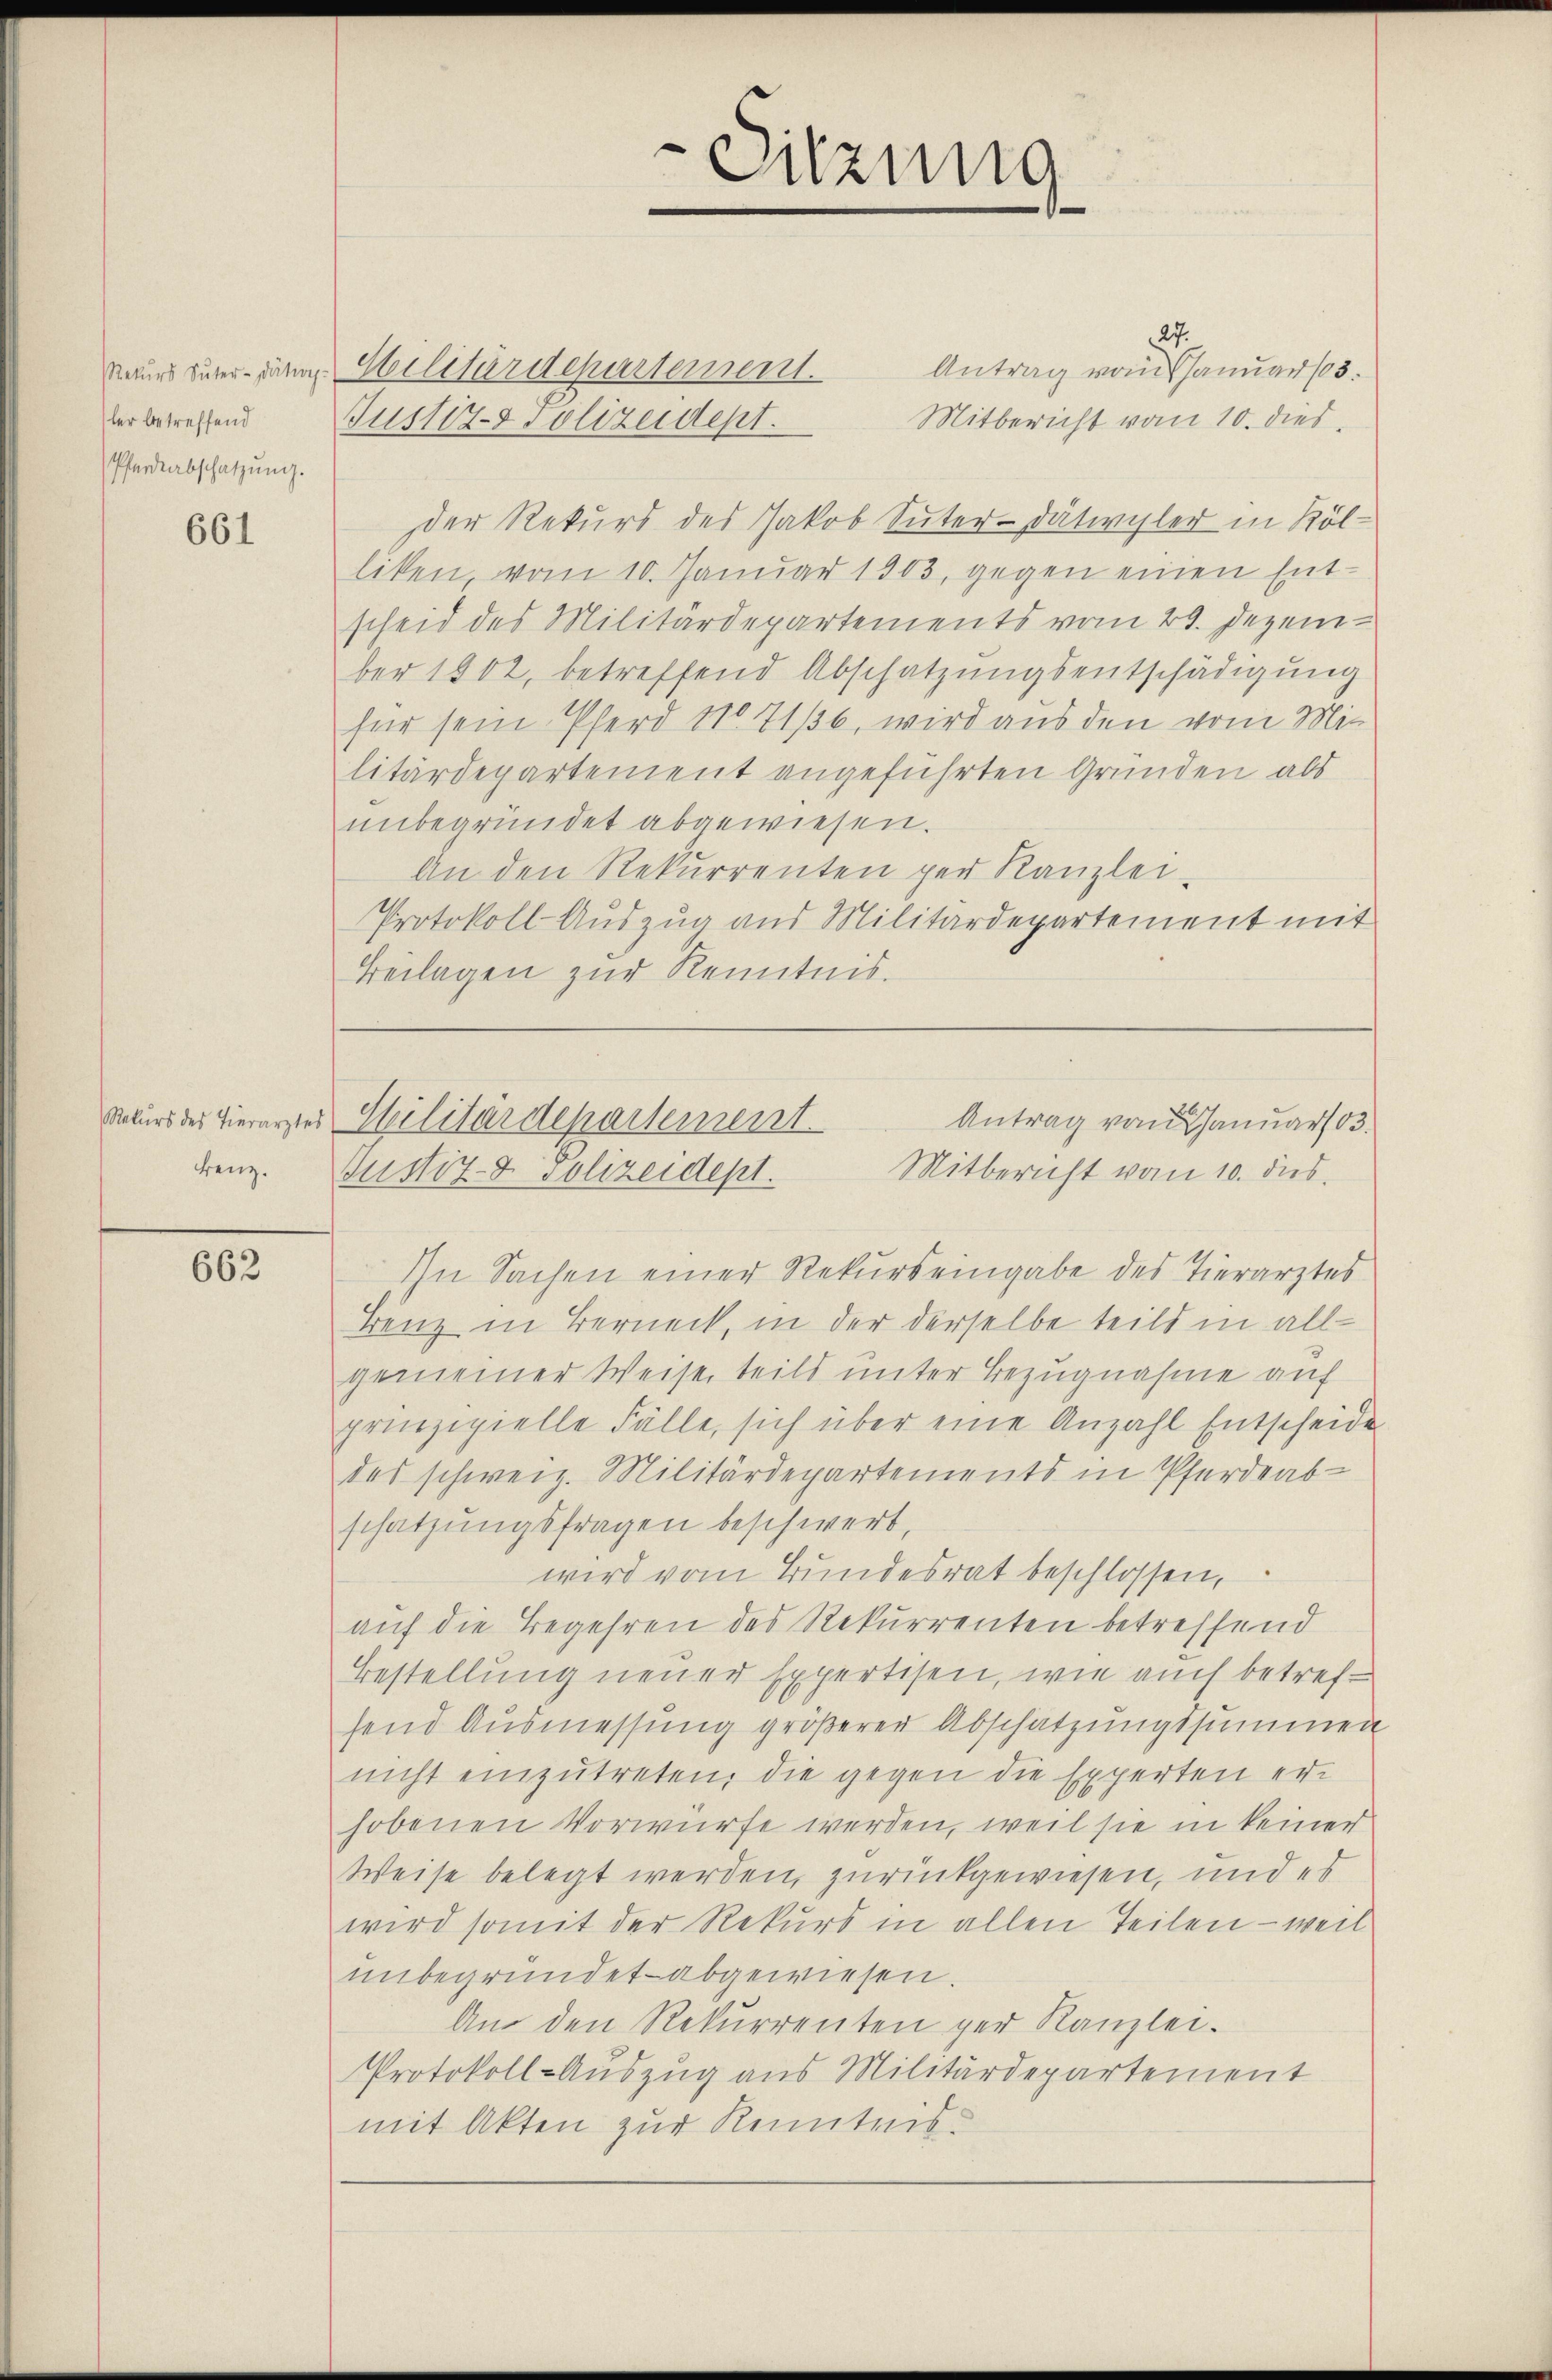
ler betreffend
Pferdeabschatzung.

661

Benz.

662

27.
Antrag vom Januar 183.
rauch zuter dann Militärdepartement.
Justiz-polizeidept.
Mitbericht vom 10. dies
der Rekurs des Jakob Suter-Dätivyler in Kölliken, vom 10. Januar 1803, gegen einen Entscheid des Militärdepartements vom 29. Dezember 1802, betreffend Abschatzungsentschädigung
für sein Pferd No 71/36, wird aus den vom Mit
litärdepartement angeführten Gründen als
unbegründet abgewiesen.
An den Rekurrenten per Kanzlei
Protokoll Auszug aus Militärdepartement mit
Beilagen zur Kenntnis.

In Sachen einer Rekurs eingabe des Tierarztes
Benz in Berneck, in der derselbe teils in allgemeiner Weise teils unter Bezugnahme auf
prinzipielle Fälle, sich über eine Anzahl Entscheide
des schweiz. Militärdepartements in Pferdeab-
schatzungsfragen beschwert,
wird vom Bundesrat beschlossen,
auf die Begehren des Rekurrenten betreffend
Bestellung neuer Expertisen, wie auch betrefsend Ausmessung größerer Abschatzungssummen
nicht einzŭtreten, die gegen die Experten erhobenen Vorwürfe werden, weil sie in keiner
Weise belegt werden, zurückgewiesen, und es
wird somit der Rekurs in allen Teilen – weil
unbegründet abgewiesen.
An den Rekurrenten per Kanzlei.
Protokoll-Auszug aus Militärdepartement
mit Akten zur Kenntens.

e
Sitzung

Rekurs des hierarztes Militärdepartement.
Antrag vom Januar 83.
Mitbericht vom 10. dus.
Justiz- & Polizeidept.